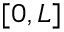
[ 0 , L ]